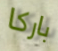
باركا